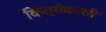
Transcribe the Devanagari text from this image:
कित्येकासी